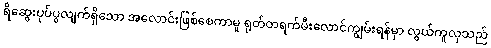
ရိဆွေးပုပ်ပွလျက်ရှိသော အလောင်းဖြစ်စေကာမူ ရုတ်တရက်မီးလောင်ကျွမ်းရန်မှာ လွယ်ကူလှသည်